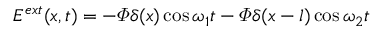
E ^ { e x t } ( x , t ) = - \varPhi \delta ( x ) \cos \omega _ { 1 } t - \varPhi \delta ( x - l ) \cos \omega _ { 2 } t